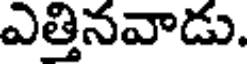
ఎత్తినవాడు.